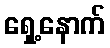
ရှေ့နောက်